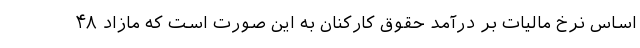
اساس نرخ مالیات بر درآمد حقوق کارکنان به این صورت است که مازاد ۴۸